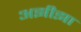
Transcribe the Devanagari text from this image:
अझीझा